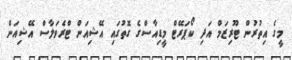
މީގެ އިތުރުން ޓޫރިޒަމް އަދި ކޯޕަރޭޓް މީޑިއާސްގެ ގޮތުގައި އޭޝިއަން ޓްރެވަލާސް އޭޝިއަން